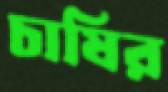
চাষির